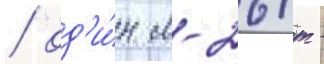
/ од'и́н м-26т -